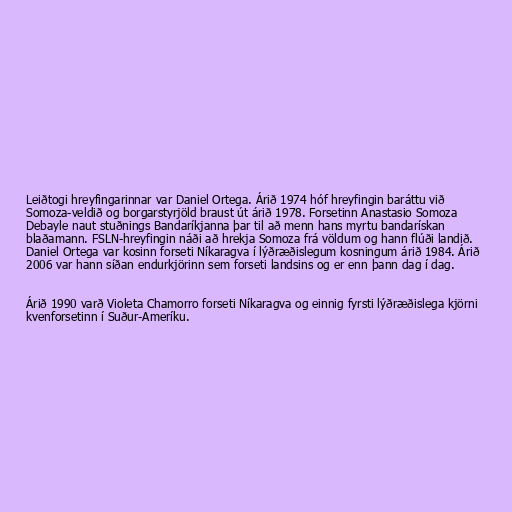
Leiðtogi hreyfingarinnar var Daniel Ortega. Árið 1974 hóf hreyfingin baráttu við
Somoza-veldið og borgarstyrjöld braust út árið 1978. Forsetinn Anastasio Somoza
Debayle naut stuðnings Bandaríkjanna þar til að menn hans myrtu bandarískan
blaðamann. FSLN-hreyfingin náði að hrekja Somoza frá völdum og hann flúði landið.
Daniel Ortega var kosinn forseti Níkaragva í lýðræðislegum kosningum árið 1984. Árið
2006 var hann síðan endurkjörinn sem forseti landsins og er enn þann dag í dag.

Árið 1990 varð Violeta Chamorro forseti Níkaragva og einnig fyrsti lýðræðislega kjörni
kvenforsetinn í Suður-Ameríku.